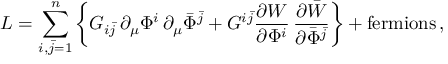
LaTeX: { \cal L } = \sum _ { i , \bar { j } = 1 } ^ { n } \left\{ G _ { i \bar { j } } \, \partial _ { \mu } \Phi ^ { i } \, \partial _ { \mu } \bar { \Phi } ^ { \bar { j } } + G ^ { i \bar { j } } \frac { \partial { W } } { \partial \Phi ^ { i } } \, \frac { \partial \bar { W } } { \partial \bar { \Phi } ^ { \bar { j } } } \right\} + \mathrm { f e r m i o n s } \, ,